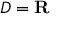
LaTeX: D = \mathbf { R } \quad